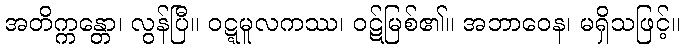
အတိက္ကန္တော၊ လွန်ပြီ။ ဝဋ္ဋမူလကဿ၊ ဝဋ်မြစ်၏။ အဘာဝေန၊ မရှိသဖြင့်။